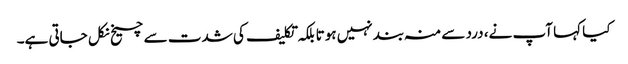
کیا کہا آپ نے، درد سے منہ بند نہیں ہوتا بلکہ تکلیف کی شدت سے چیخ نکل جاتی ہے۔